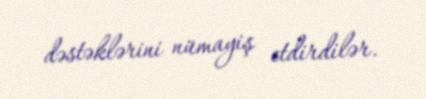
dəstəklərini nümayiş etdirdilər.